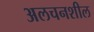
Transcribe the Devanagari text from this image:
अलचनशील